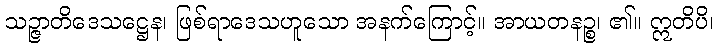
သဉ္ဇာတိဒေသဋ္ဌေန၊ ဖြစ်ရာဒေသဟူသော အနက်ကြောင့်။ အာယတနဉ္စ၊ ၏။ ဣတိပိ၊